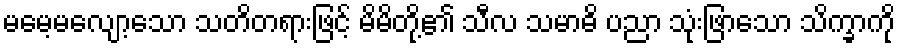
မမေ့မလျော့သော သတိတရားဖြင့် မိမိတို့၏ သီလ သမာဓိ ပညာ သုံးဖြာသော သိက္ခာကို